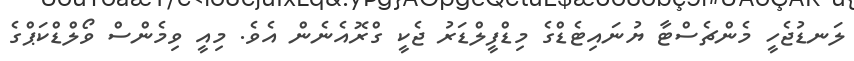
ލަނޑުޖެހީ މެންޗެސްޓާ ޔުނައިޓެޑްގެ މިޑްފީލްޑަރު ޖެކީ ގްރޮއެނެން އެވެ. މިއީ ވިމެންސް ވޯލްޑްކަޕްގެ